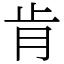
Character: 肯